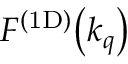
\mathinner { F ^ { \mathrm { ( 1 D ) } } \mathopen { \left( k _ { q } \right) } }